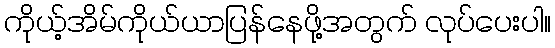
ကိုယ့်အိမ်ကိုယ်ယာပြန်နေဖို့အတွက် လုပ်ပေးပါ။